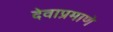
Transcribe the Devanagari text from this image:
देवाप्रमाणे